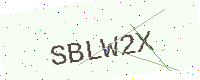
Text: SBLW2X